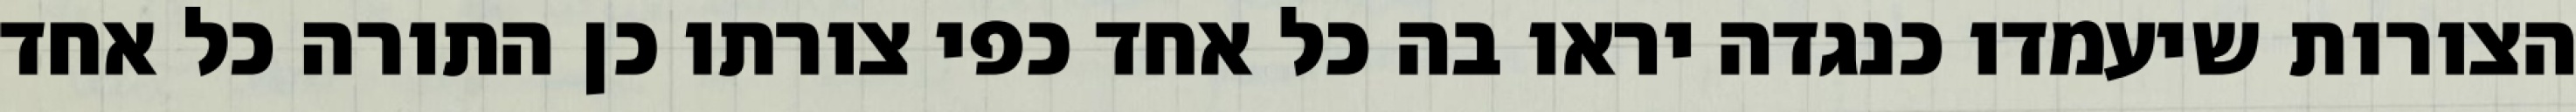
הצורות שיעמדו כנגדה יראו בה כל אחד כפי צורתו כן התורה כל אחד